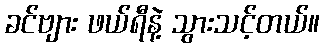
ခင်ဗျား ဖယ်ရီနဲ့ သွားသင့်တယ်။